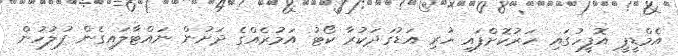
އެމްޑީޕީ އޮފީހުގައި ހަރުކޮށްފައި ހުރި އަޑުގަދަކުރާ ކޯޓު އަމުރެއްގެ ދަށުން ނައްޓާލައިގެން ފުލުހުން